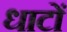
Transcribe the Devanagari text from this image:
धाटों